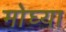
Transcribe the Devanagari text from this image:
मोघ्या